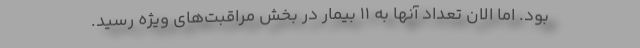
بود. اما الان تعداد آنها به 11 بیمار در بخش مراقبت‌های ویژه رسید.